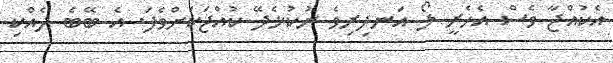
އެކުއްޖާ ވެސް އެހެރީ ލޯ އަނދިރިވެ ނުކުޅެދޭ ކުއްޖަކަށްވެފަ. އެ ބޭބެ ދެއްކި